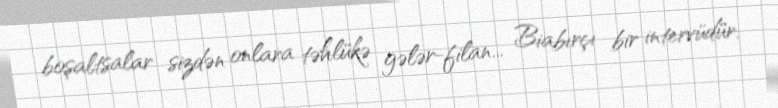
boşaltsalar sizdən onlara təhlükə gələr-filan... Biabırçı bir intervüdür.